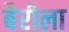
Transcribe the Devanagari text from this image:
बैरीला